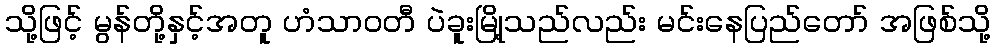
သို့ဖြင့် မွန်တို့နှင့်အတူ ဟံသာဝတီ ပဲခူးမြို့သည်လည်း မင်းနေပြည်တော် အဖြစ်သို့